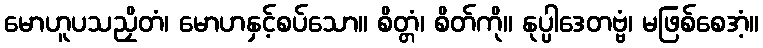
မောဟူပသညှိတံ၊ မောဟနှင့်စပ်သော။ စိတ္တံ၊ စိတ်ကို။ နုပ္ပါဒေတဗ္ဗံ၊ မဖြစ်စေအံ့။